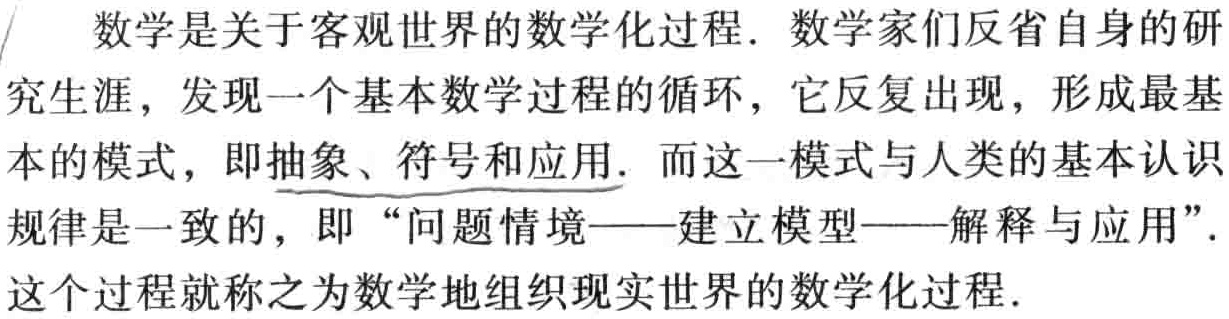
数学是关于客观世界的数学化过程. 数学家们反省自身的研究生涯，发现一个基本数学过程的循环，它反复出现，形成最基本的模式，即抽象、符号和应用. 而这一模式与人类的基本认识规律是一致的，即 “问题情境——建立模型——解释与应用”. 这个过程就称之为数学地组织现实世界的数学化过程.